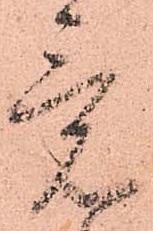
意